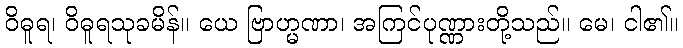
ဝိဓူရ၊ ဝိဓူရသုခမိန်။ ယေ ဗြာဟ္မဏာ၊ အကြင်ပုဏ္ဏားတို့သည်။ မေ၊ ငါ၏။